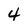
Character: 4